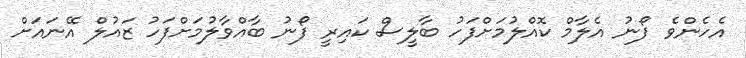
އެހެންވެ ފޯނު އެލާމް ކޮއްލުމަށްފަހު ބާލީސް ކައިރީ ފޯނު ބާއްވާލުމަށްފަހު ޒައުލް އޭނައަށް